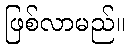
ဖြစ်လာမည်။